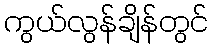
ကွယ်လွန်ချိန်တွင်